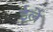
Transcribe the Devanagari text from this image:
ईर्ले